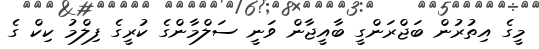
މީގެ އިތުރުން ބަޖްރަންގީ ބާއީޖާން ވަނީ ސަލްމާންގެ ކުރީގެ ފިލްމު ކިކް ގެ